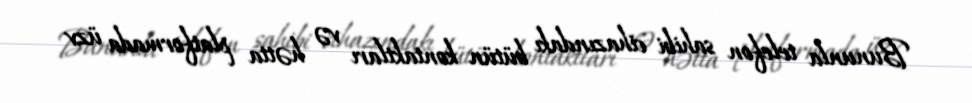
Bununla telefon sahibi cihazındakı bütün kontaktları və hətta platformada üzv